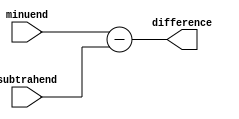
module subtractor (
    input [3:0] minuend,
    input [3:0] subtrahend,
    output [3:0] difference
);

assign difference = minuend - subtrahend;

endmodule